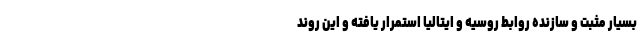
بسیار مثبت و سازنده روابط روسیه و ایتالیا استمرار یافته و این روند